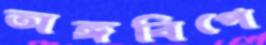
অঙ্গবিপে